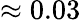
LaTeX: \approx 0.03